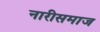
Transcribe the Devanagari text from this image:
नारीसमाज